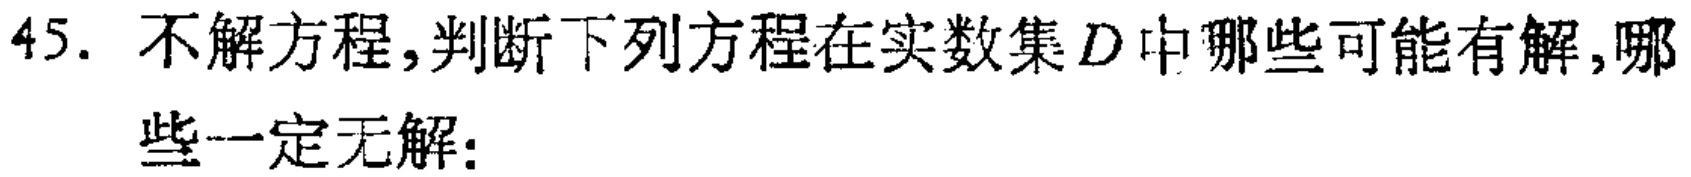
45. 不解方程,判断下列方程在实数集$D$中哪些可能有解,哪些一定无解: